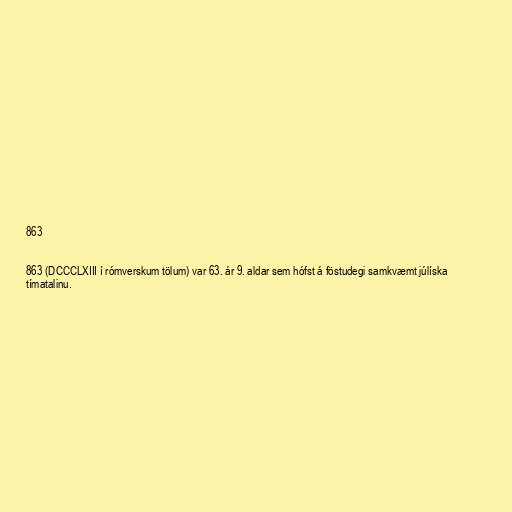
863

863 (DCCCLXIII í rómverskum tölum) var 63. ár 9. aldar sem hófst á föstudegi samkvæmt júlíska
tímatalinu.